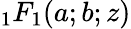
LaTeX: {_1F_{1}}(a;b;z)